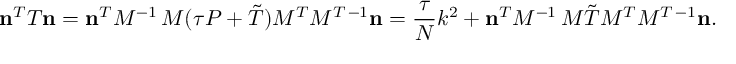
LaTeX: { \bf n } \sp { T } T { \bf n } = { \bf n } \sp { T } M \sp { - 1 } \, M ( \tau P + \tilde { T } ) M \sp { T } M \sp { T \, - 1 } { \bf n } = \frac { \tau } { N } k \sp 2 + { \bf n } \sp { T } M \sp { - 1 } \, M \tilde { T } M \sp { T } M \sp { T \, - 1 } { \bf n } .